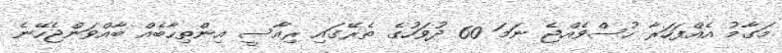
މަގާމު އެއްފަހަރާ ހުސްވެއްޖެ ނަމަ 60 ދުވަހުގެ ތެރޭގައި ރިއާސީ އިންތިހާބެއް ބާއްވަންޖެހޭނެ